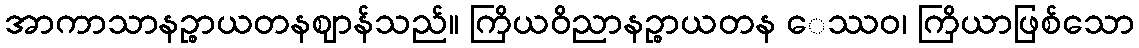
အာကာသာနဉ္စာယတနဈာန်သည်။ ကြိယဝိညာနဉ္စာယတန ေဿဝ၊ ကြိယာဖြစ်သော